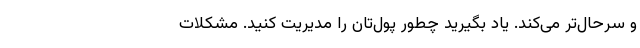
و سرحال‌تر می‌کند. یاد بگیرید چطور پول‌تان را مدیریت کنید. مشکلات